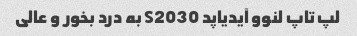
لپ تاپ لنوو آیدیاپد S2030 به درد بخور و عالی